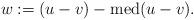
LaTeX: \begin{align*}w:=(u-v)-\mathrm{med}(u-v).\end{align*}